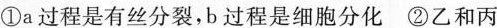
①a过程是有丝分裂，b过程是细胞分化②乙和丙